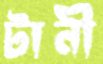
টানী